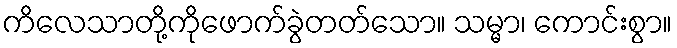
ကိလေသာတို့ကိုဖောက်ခွဲတတ်သော။ သမ္မာ၊ ကောင်းစွာ။